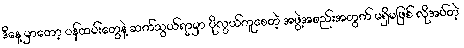
ဒီနေ့ မှာတော့ ဝန်ထမ်းတွေနဲ့ ဆက်သွယ်ရာမှာ ပိုလွယ်ကူစေတဲ့ အဖွဲ့အစည်းအတွက် မရှိမဖြစ် လိုအပ်တဲ့